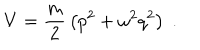
LaTeX: V = { \frac { m } { 2 } } \left( p ^ { 2 } + \omega ^ { 2 } q ^ { 2 } \right) \; .